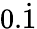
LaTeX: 0.{\dot{1}}